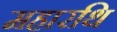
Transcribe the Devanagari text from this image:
महारथि